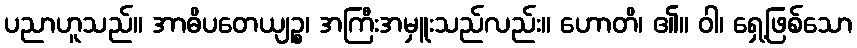
ပညာဟူသည်။ အာဓိပတေယျဉ္စ၊ အကြီးအမှူးသည်လည်း။ ဟောတိ၊ ၏။ ဝါ၊ ရှေ့ဖြစ်သော